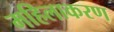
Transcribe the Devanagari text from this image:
महिलाकरण